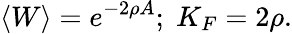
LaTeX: \langle W\rangle=e^{-2\rho A};\; K_{F}=2\rho.